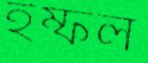
ইম্ফল